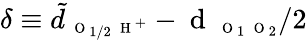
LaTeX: \delta\equiv\tilde{d}_{\mathrm{~\scriptsize~O~}_{1/2}\mathrm{~\scriptsize~H~}^{+}}-\mathrm{~d~}_{\mathrm{~\scriptsize~O~}_{1}\mathrm{~\scriptsize~O~}_{2}}/2